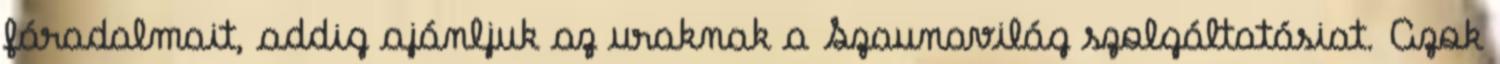
fáradalmait, addig ajánljuk az uraknak a Szaunavilág szolgáltatásiat. Azok